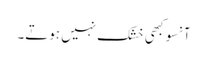
آنسو کبھی خشک نہیں ہوتے۔